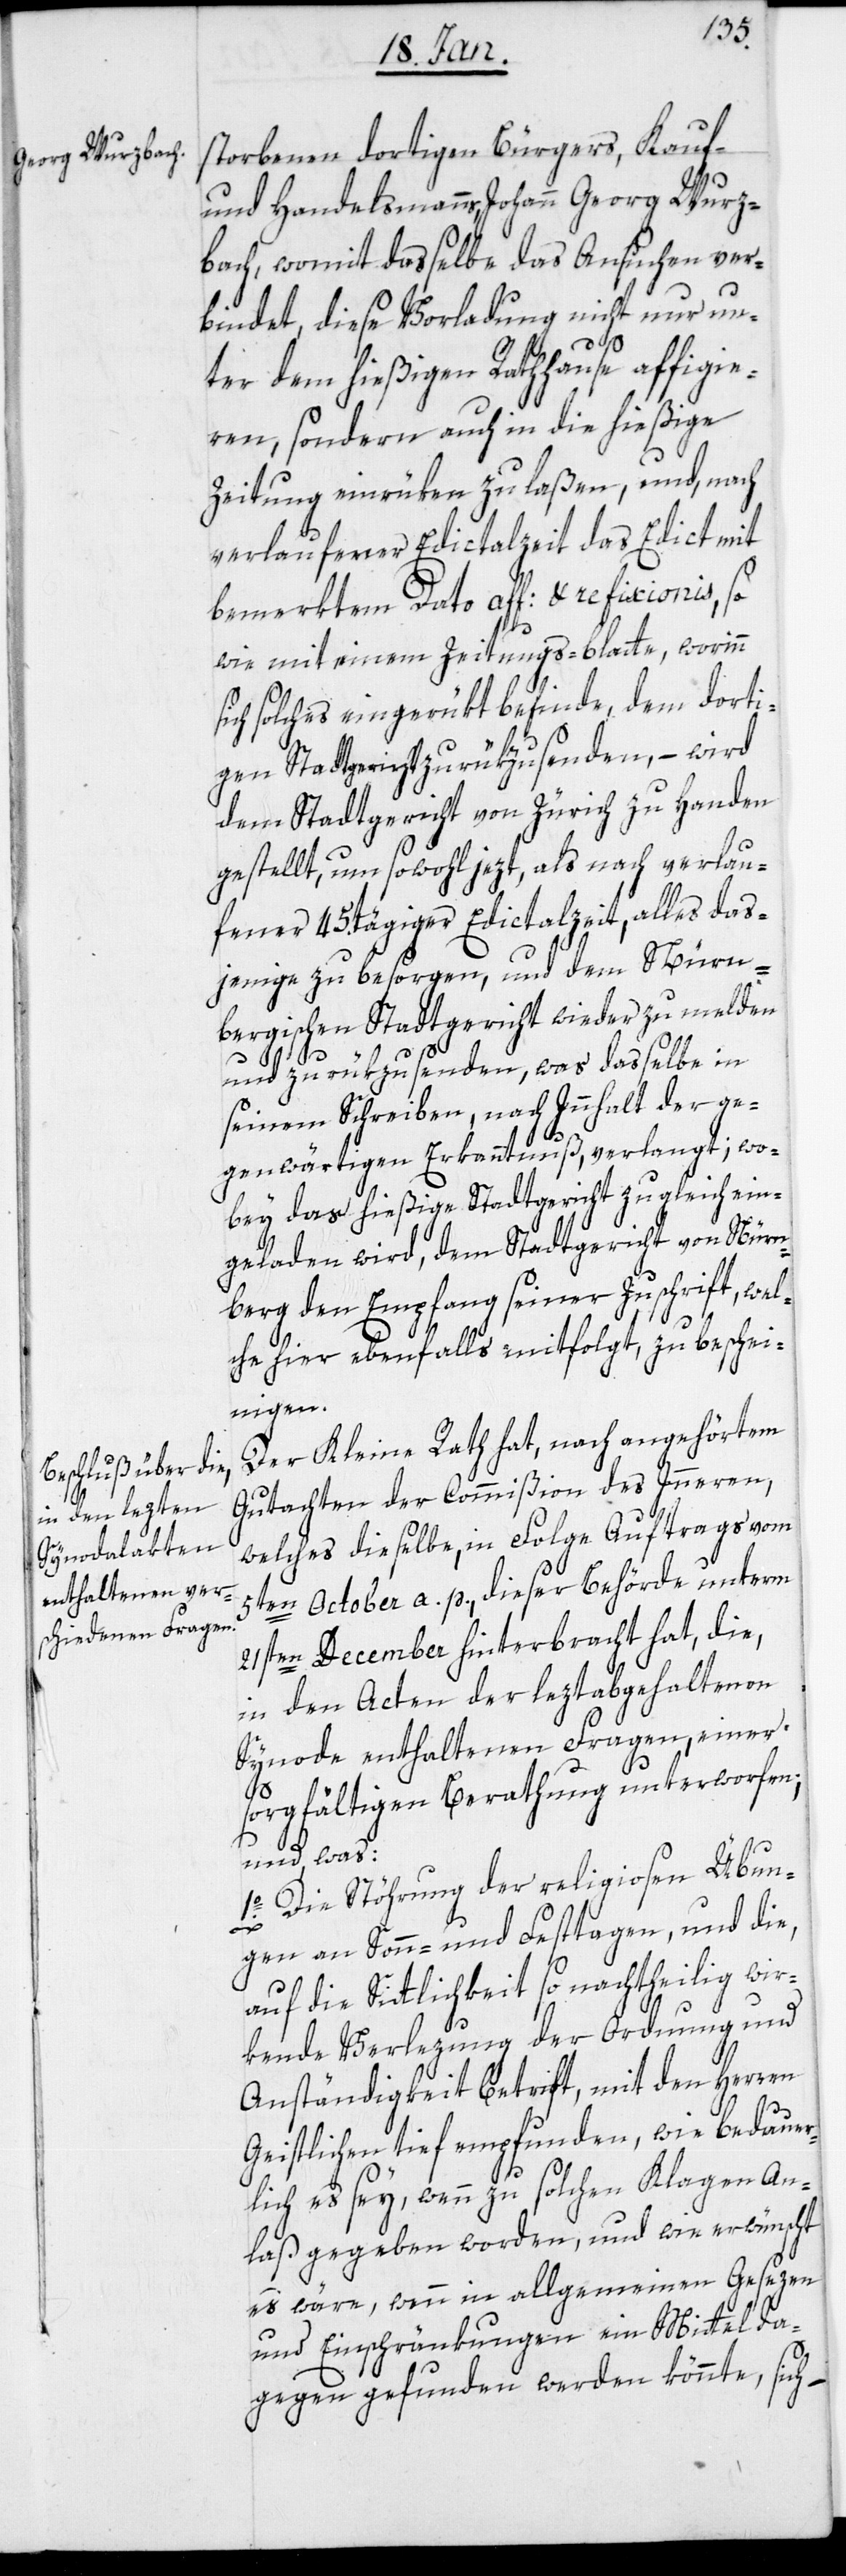
storbenen dortigen Bürgers, Kauf-
und Handelsmanns, Johann Georg Wurz¬
bach, womit dasselbe das Ansuchen ver¬
bindet, diese Vorladung nicht nur un¬
ter dem hießigen Rathause affigie¬
ren, sondern auch in die hießige
Zeitung einrüken zu laßen, und, nach
verlaufener Edictalzeit das Edict mit
bemerktem Dato aff: & refixionis, so
wie mit einem Zeitungs-blatte, worinn
sich solches eingerükt befinde, dem dorti¬
gen Stadtgericht zurükzusenden, – wird
dem Stadtgericht von Zürich zu Handen
gestellt, um sowohl jetzt, als nach verlau¬
fener 45.tägiger Edictalzeit, alles das¬
jenige zu besorgen, und dem Nürn¬
bergischen Stadtgericht wieder zu melden
und zurükzusenden, was dasselbe in
seinem Schreiben, nach Innhalt der ge¬
genwärtigen Erkanntnuß, verlangt; wo¬
bey das hießige Stadtgericht zugleich ein¬
geladen wird, dem Stadtgericht von Nürn¬
berg den Empfang seiner Zuschrift, wel¬
che hier ebenfalls mitfolgt, zu beschei¬
nigen.
Der Kleine Rath hat, nach angehörtem
Gutachten der Commißion des Inneren,
welches dieselbe, in Folge Auftrags vom
5ten October a. p., dieser Behörde unterm
21sten December hinterbracht hat, die,
in den Acten der leztabgehaltenen
Synode enthaltenen Fragen, einer
sorgfältigen Berathung unterworfen;
und was:
1o. Die Stöhrung der religiosen Übun¬
gen an Sonn- und Festtagen, und die,
auf die Sittlichkeit so nachtheilig wir¬
kende Verlezung der Ordnung und
Anständigkeit betrifft, mit den Herren
Geistlichen tief empfunden, wie bedauer¬
lich es sey, wenn zu solchen Klagen An¬
laß gegeben worden, und wie erwünscht
es wäre, wenn in allgemeinen Gesezen
und Einschränkungen ein Mittel da¬
gegen gefunden werden könnte, sich